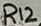
Text: R12